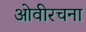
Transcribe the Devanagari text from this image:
ओवीरचना